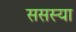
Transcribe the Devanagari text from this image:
ससस्या